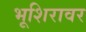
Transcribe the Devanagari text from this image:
भूशिरावर